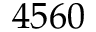
4 5 6 0